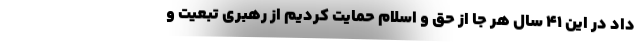
داد در این 41 سال هر جا از حق و اسلام حمایت کردیم از رهبری تبعیت و